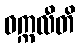
ဝက္ကလီတိ